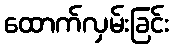
ထောက်လှမ်းခြင်း